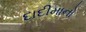
દાદીમાનો